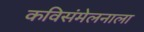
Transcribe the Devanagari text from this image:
कविसंमेलनाला